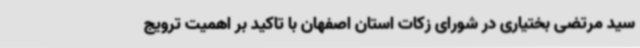
سید مرتضی بختیاری در شورای زکات استان اصفهان با تاکید بر اهمیت ترویج